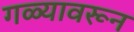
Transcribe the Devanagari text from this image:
गळ्यावरून